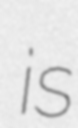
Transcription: is